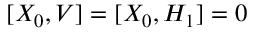
[ X _ { 0 } , V ] = [ X _ { 0 } , H _ { 1 } ] = 0